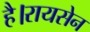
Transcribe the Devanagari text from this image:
है।रायसेन